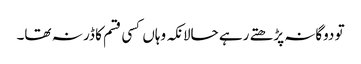
تو دوگانہ پڑھتے رہے حالانکہ وہاں کسی قسم کا ڈر نہ تھا۔